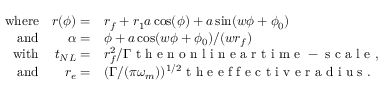
\begin{array} { r r l } { \mathrm { w h e r e } } & { r ( \phi ) = } & { r _ { f } + r _ { 1 } a \cos ( \phi ) + a \sin ( w \phi + \phi _ { 0 } ) } \\ { \mathrm { a n d } } & { \alpha = } & { \phi + a \cos ( w \phi + \phi _ { 0 } ) / ( w r _ { f } ) } \\ { \mathrm { w i t h } } & { t _ { N L } = } & { r _ { f } ^ { 2 } / \Gamma \mathrm { ~ t ~ h ~ e ~ n ~ o ~ n ~ l ~ i ~ n ~ e ~ a ~ r ~ t ~ i ~ m ~ e ~ - ~ s ~ c ~ a ~ l ~ e ~ , ~ } } \\ { \mathrm { a n d } } & { r _ { e } = } & { ( \Gamma / ( \pi \omega _ { m } ) ) ^ { 1 / 2 } \mathrm { ~ t ~ h ~ e ~ e ~ f ~ f ~ e ~ c ~ t ~ i ~ v ~ e ~ r ~ a ~ d ~ i ~ u ~ s ~ . ~ } } \end{array}